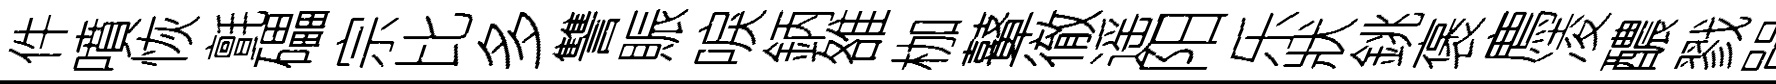
件噴恢氈礧宗比多讐賑唳鈵雒枷鼙徹遥阳乐狀銚褒廌凌醲戮㽞